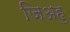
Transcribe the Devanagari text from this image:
जिअहु